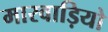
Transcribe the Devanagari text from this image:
मारवाड़ियो